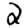
Digit: 2